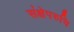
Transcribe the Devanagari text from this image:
संक्षेपरुचि